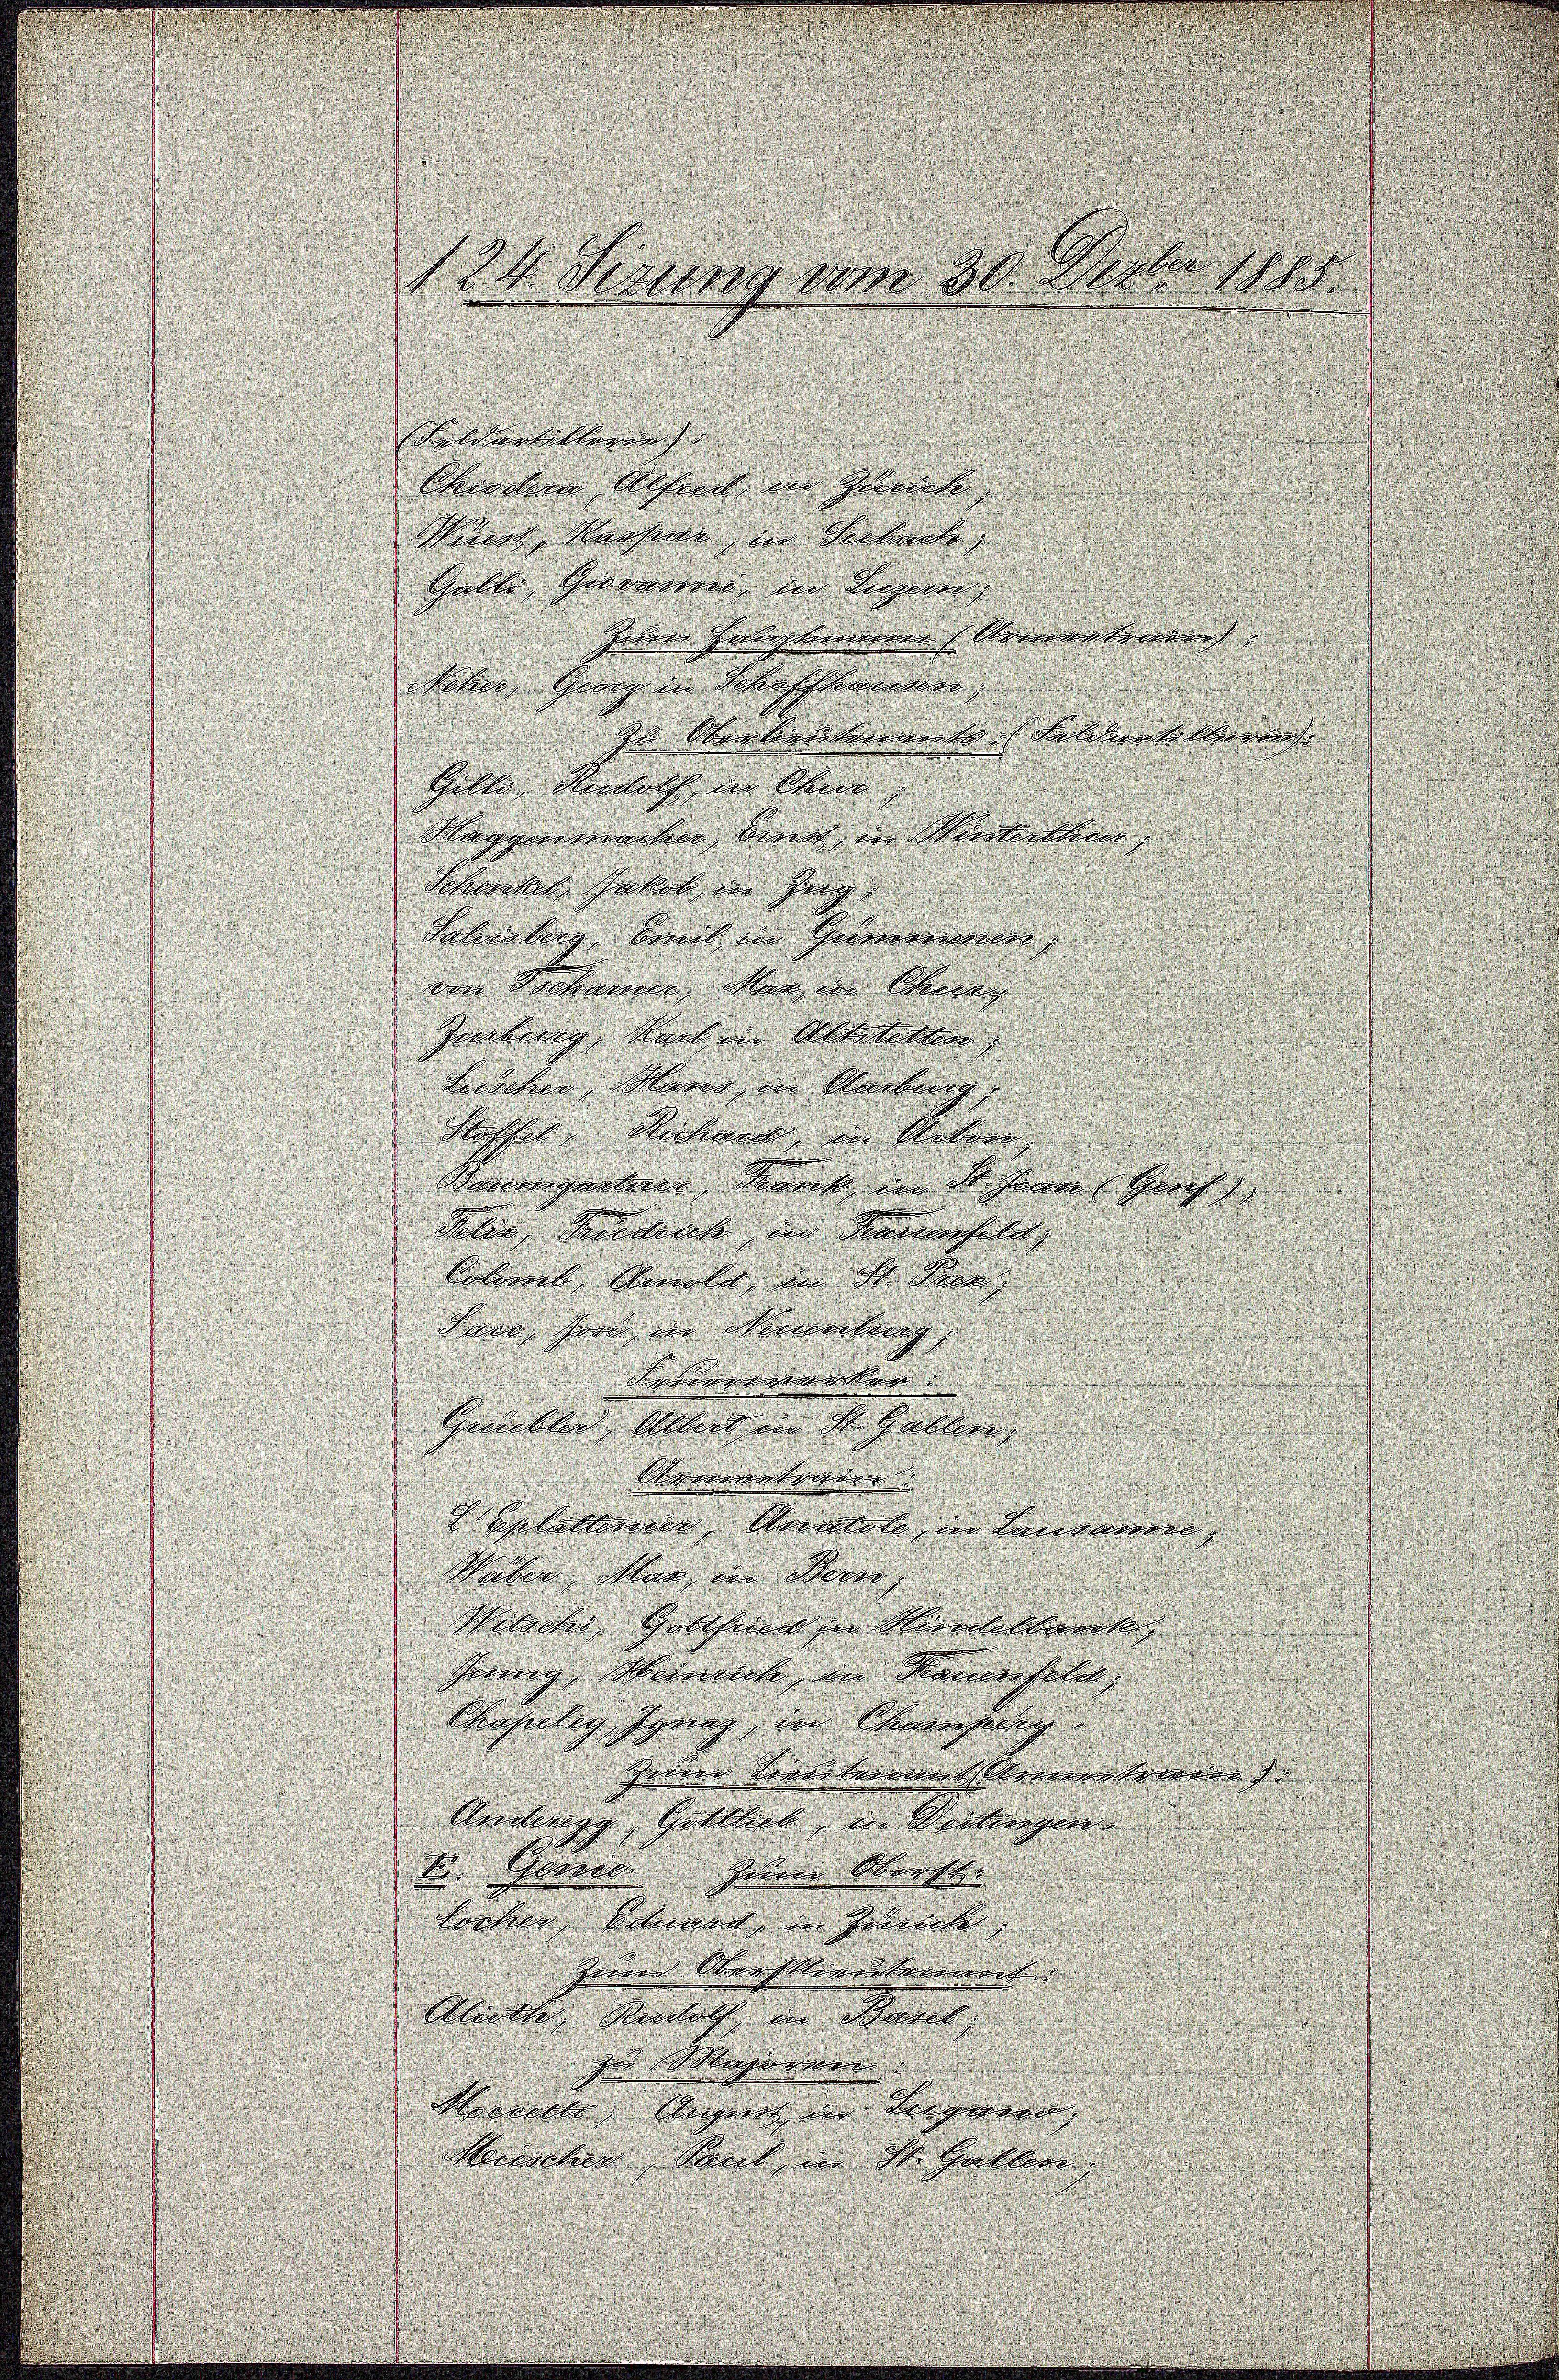
Feldarbitteren
Chrodena, Absud in Glück,
Wirst Nachine, der Seebacke,
Galle, Giovanne, in Eigen,
Erbene Hiropternerer Korrentzieren |
Neher, Gurg in Schaffhauen,
In Obertrienterementes Feldertelbaren.
Gelte Rudolf in Chur,
.
Maggenmacher, binnt in Monkellen
Schentes Jakob in Zug
e
Salinsberg, bereit in Gewonnenes |
von Schamer, Man die Chung
Zinking, nach in Altstetten
Bescher, Marie, in Unberg,
Flasches Rechnen, in Neben,
d
g
Baumgartner, marck, in Stehener Graf,
¬
 |
d
Sachen, Kollenk, und Marienfeld,

.
Colomb, Amola, in St. Geor
Iuro, here die Nerverbung

e
h
Ahnung des and
F

d
grüblich, Albert in St. Gallen,
Reimatswer
uplattene Mienbold, in Landmeier |
Vater, klar in Bern,
Witscher, Gotthardt in Moreckelbrech
Gieng, Meineck, in Kamerfeld,
Chasselig Ignaz, in Champerg
Heeren Korrekarrwartsleerentererer |
Andaugg, Gottlieb, u. Seiteigen.
tr. Genie. Inere Oberst
Locher, Schnet, in Gebiete,
Jeder Strastlieutarreront. |
Blitte, Roth, in Baut
zur Machirmer
Hercelle, Angeret und Regieren, |
Menscher, Paul, in St. Galler,

124. Sizung vom 30. Seeber 1885.